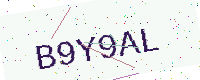
Text: B9Y9AL